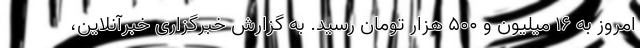
امروز به ۱۶ میلیون و ۵۰۰ هزار تومان رسید. به گزارش خبرگزاری خبرآنلاین،